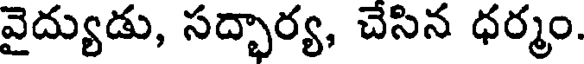
వైద్యుడు, సద్భార్య, చేసిన ధర్మం.